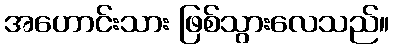
အဟောင်းသား ဖြစ်သွားလေသည်။